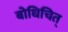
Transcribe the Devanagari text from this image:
बोधिचित्